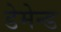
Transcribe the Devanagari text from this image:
डेमेन्ड